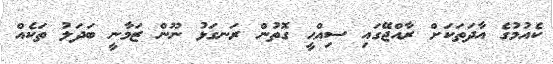
ކެއުމުގެ އާދަތަކަށް ރާއްޖޭގައި ސިއްޙީ ގޮތުން ރަނގަޅު ނޫން ޒަމާނީ ބަދަލު ތަކެއް